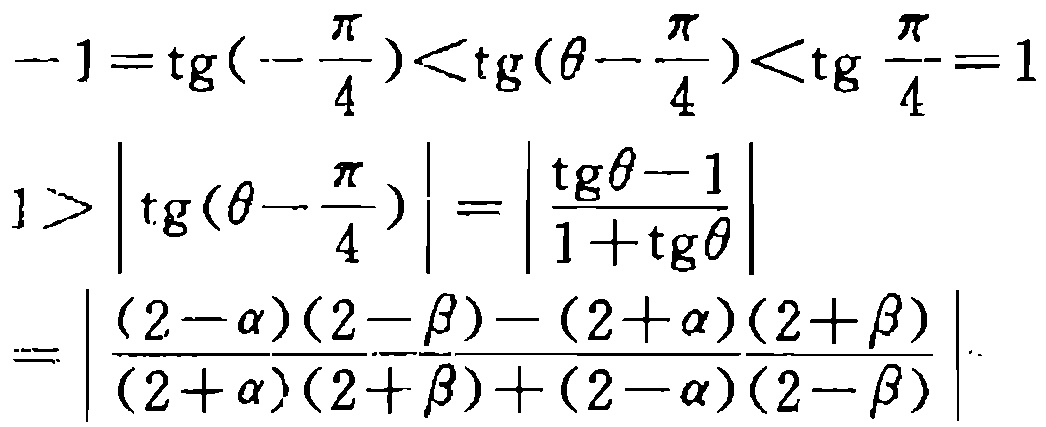
\[-1=\mathrm{tg}\left(-\frac{\pi}{4}\right)<\mathrm{tg}\left(\theta-\frac{\pi}{4}\right)<\mathrm{tg}\frac{\pi}{4}=1\]
\[1>\left|\mathrm{tg}\left(\theta-\frac{\pi}{4}\right)\right|=\left|\frac{\mathrm{tg}\theta - 1}{1+\mathrm{tg}\theta}\right|\]
\[=\left|\frac{(2 - \alpha)(2 - \beta)-(2+\alpha)(2+\beta)}{(2+\alpha)(2+\beta)+(2 - \alpha)(2 - \beta)}\right|\]